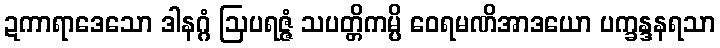
ဍကာရာဒေသော ဒါနဂ္ဂံ ဩပရဇ္ဇံ သပတ္တိကမ္ပိ ဝေရမဏိအာဒယော ပက္ခန္ဒနရသာ